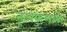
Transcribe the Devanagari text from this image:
नृत्यकुशल